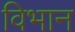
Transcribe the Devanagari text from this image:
विभान